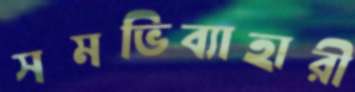
সমভিব্যাহারী